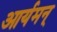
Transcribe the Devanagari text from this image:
आर्यमन्